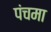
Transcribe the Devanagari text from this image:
पंचमा